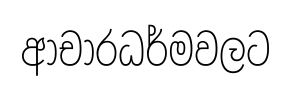
ආචාරධර්මවලට